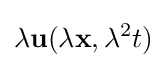
\lambda \mathbf {u} (\lambda \mathbf {x} ,\lambda ^{2}t)